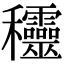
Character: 𥤞